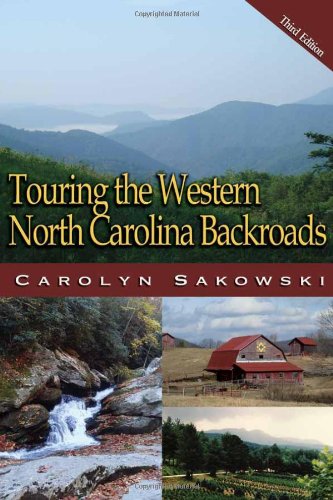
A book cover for Touring the Western North Carolina Backroads (Touring the Backroads); Carolyn Sakowski; Reference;